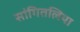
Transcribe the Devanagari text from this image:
सांगितलिया